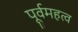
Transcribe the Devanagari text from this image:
पूर्वमहत्व